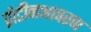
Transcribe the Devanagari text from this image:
प्रोटीनआवरण